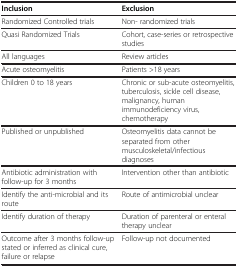
<table><thead><tr><td><b>Inclusion</b></td><td><b>Exclusion</b></td></tr></thead><tbody><tr><td>Randomized Controlled trials</td><td>Non- randomized trials</td></tr><tr><td>Quasi Randomized Trials</td><td>Cohort, case-series or retrospective studies</td></tr><tr><td>All languages</td><td>Review articles</td></tr><tr><td>Acute osteomyelitis</td><td>Patients &gt;18 years</td></tr><tr><td>Children 0 to 18 years</td><td>Chronic or sub-acute osteomyelitis, tuberculosis, sickle cell disease, malignancy, human immunodeficiency virus, chemotherapy</td></tr><tr><td>Published or unpublished</td><td>Osteomyelitis data cannot be separated from other musculoskeletal/infectious diagnoses</td></tr><tr><td>Antibiotic administration with follow-up for 3 months</td><td>Intervention other than antibiotic</td></tr><tr><td>Identify the anti-microbial and its route</td><td>Route of antimicrobial unclear</td></tr><tr><td>Identify duration of therapy</td><td>Duration of parenteral or enteral therapy unclear</td></tr><tr><td>Outcome after 3 months follow-up stated or inferred as clinical cure, failure or relapse</td><td>Follow-up not documented</td></tr></tbody></table>